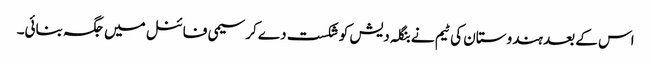
اس کے بعد ہندوستان کی ٹیم نے بنگلہ دیش کو شکست دے کرسیمی فائنل میں جگہ بنائی۔